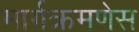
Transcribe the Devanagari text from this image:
मार्गक्रमणेस